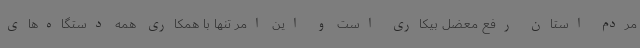
مردم استان رفع معضل بیکاری است و این امر تنها با همکاری همه دستگاه‌های